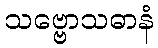
သဗ္ဗောသဓာနံ